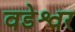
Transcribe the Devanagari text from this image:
वडेश्वर